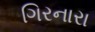
ગિરનારા